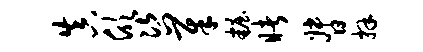
真欣咨犀妆睹督拜